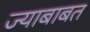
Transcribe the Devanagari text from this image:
ज्याबाबत